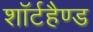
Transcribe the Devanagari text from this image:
शॉर्टहैण्ड